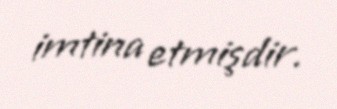
imtina etmişdir.